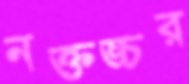
নক্তঙ্চর